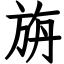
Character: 旃